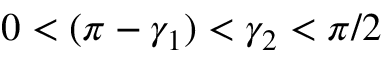
0 < ( \pi - \gamma _ { 1 } ) < \gamma _ { 2 } < \pi / 2